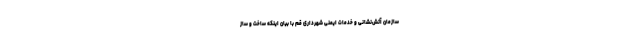
سازمان آتش‌نشانی و خدمات ایمنی شهرداری قم با بیان اینکه ساخت و ساز